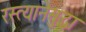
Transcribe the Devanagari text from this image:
रस्त्यानेसुद्धा